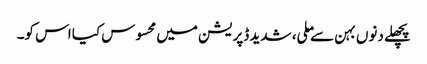
پچھلے دنوں بہن سے ملی، شدید ڈپریشن میں محسوس کیا اس کو۔